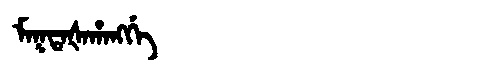
Manchu: ᠮᠠᡴᡨᠠᡧᠠᡥᠠᠩᡤᡝ
Romanization: MAKTAŠAHANGGE